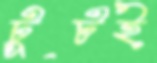
টুটই